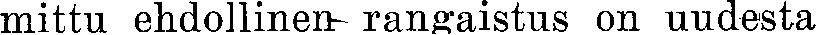
mittu ehdollinen rangaistus on uudesta